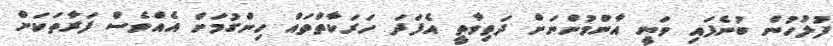
ފުލުހުން ބުނެފައި ވަނީ އާންމުންނަށް ދަތިވާތީ އެފަދަ ހަރަކާތްތައް ހިންގުމަށް އެއްވެސް ފަރާތަކަށް